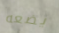
يضعه